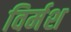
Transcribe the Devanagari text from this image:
विर्मश